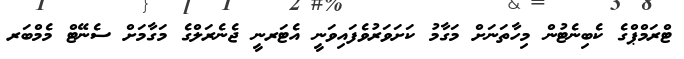
ޓްރަމްޕްގެ ކެބިނެޓުން މިހާތަނަށް މަގާމު ކަށަވަރުވެފައިވަނީ އެޓަރނީ ޖެނެރަލްގެ މަގާމަށް ސެނޭޓް މެމްބަރ